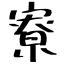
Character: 寮